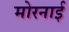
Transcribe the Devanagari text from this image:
मोरनाई